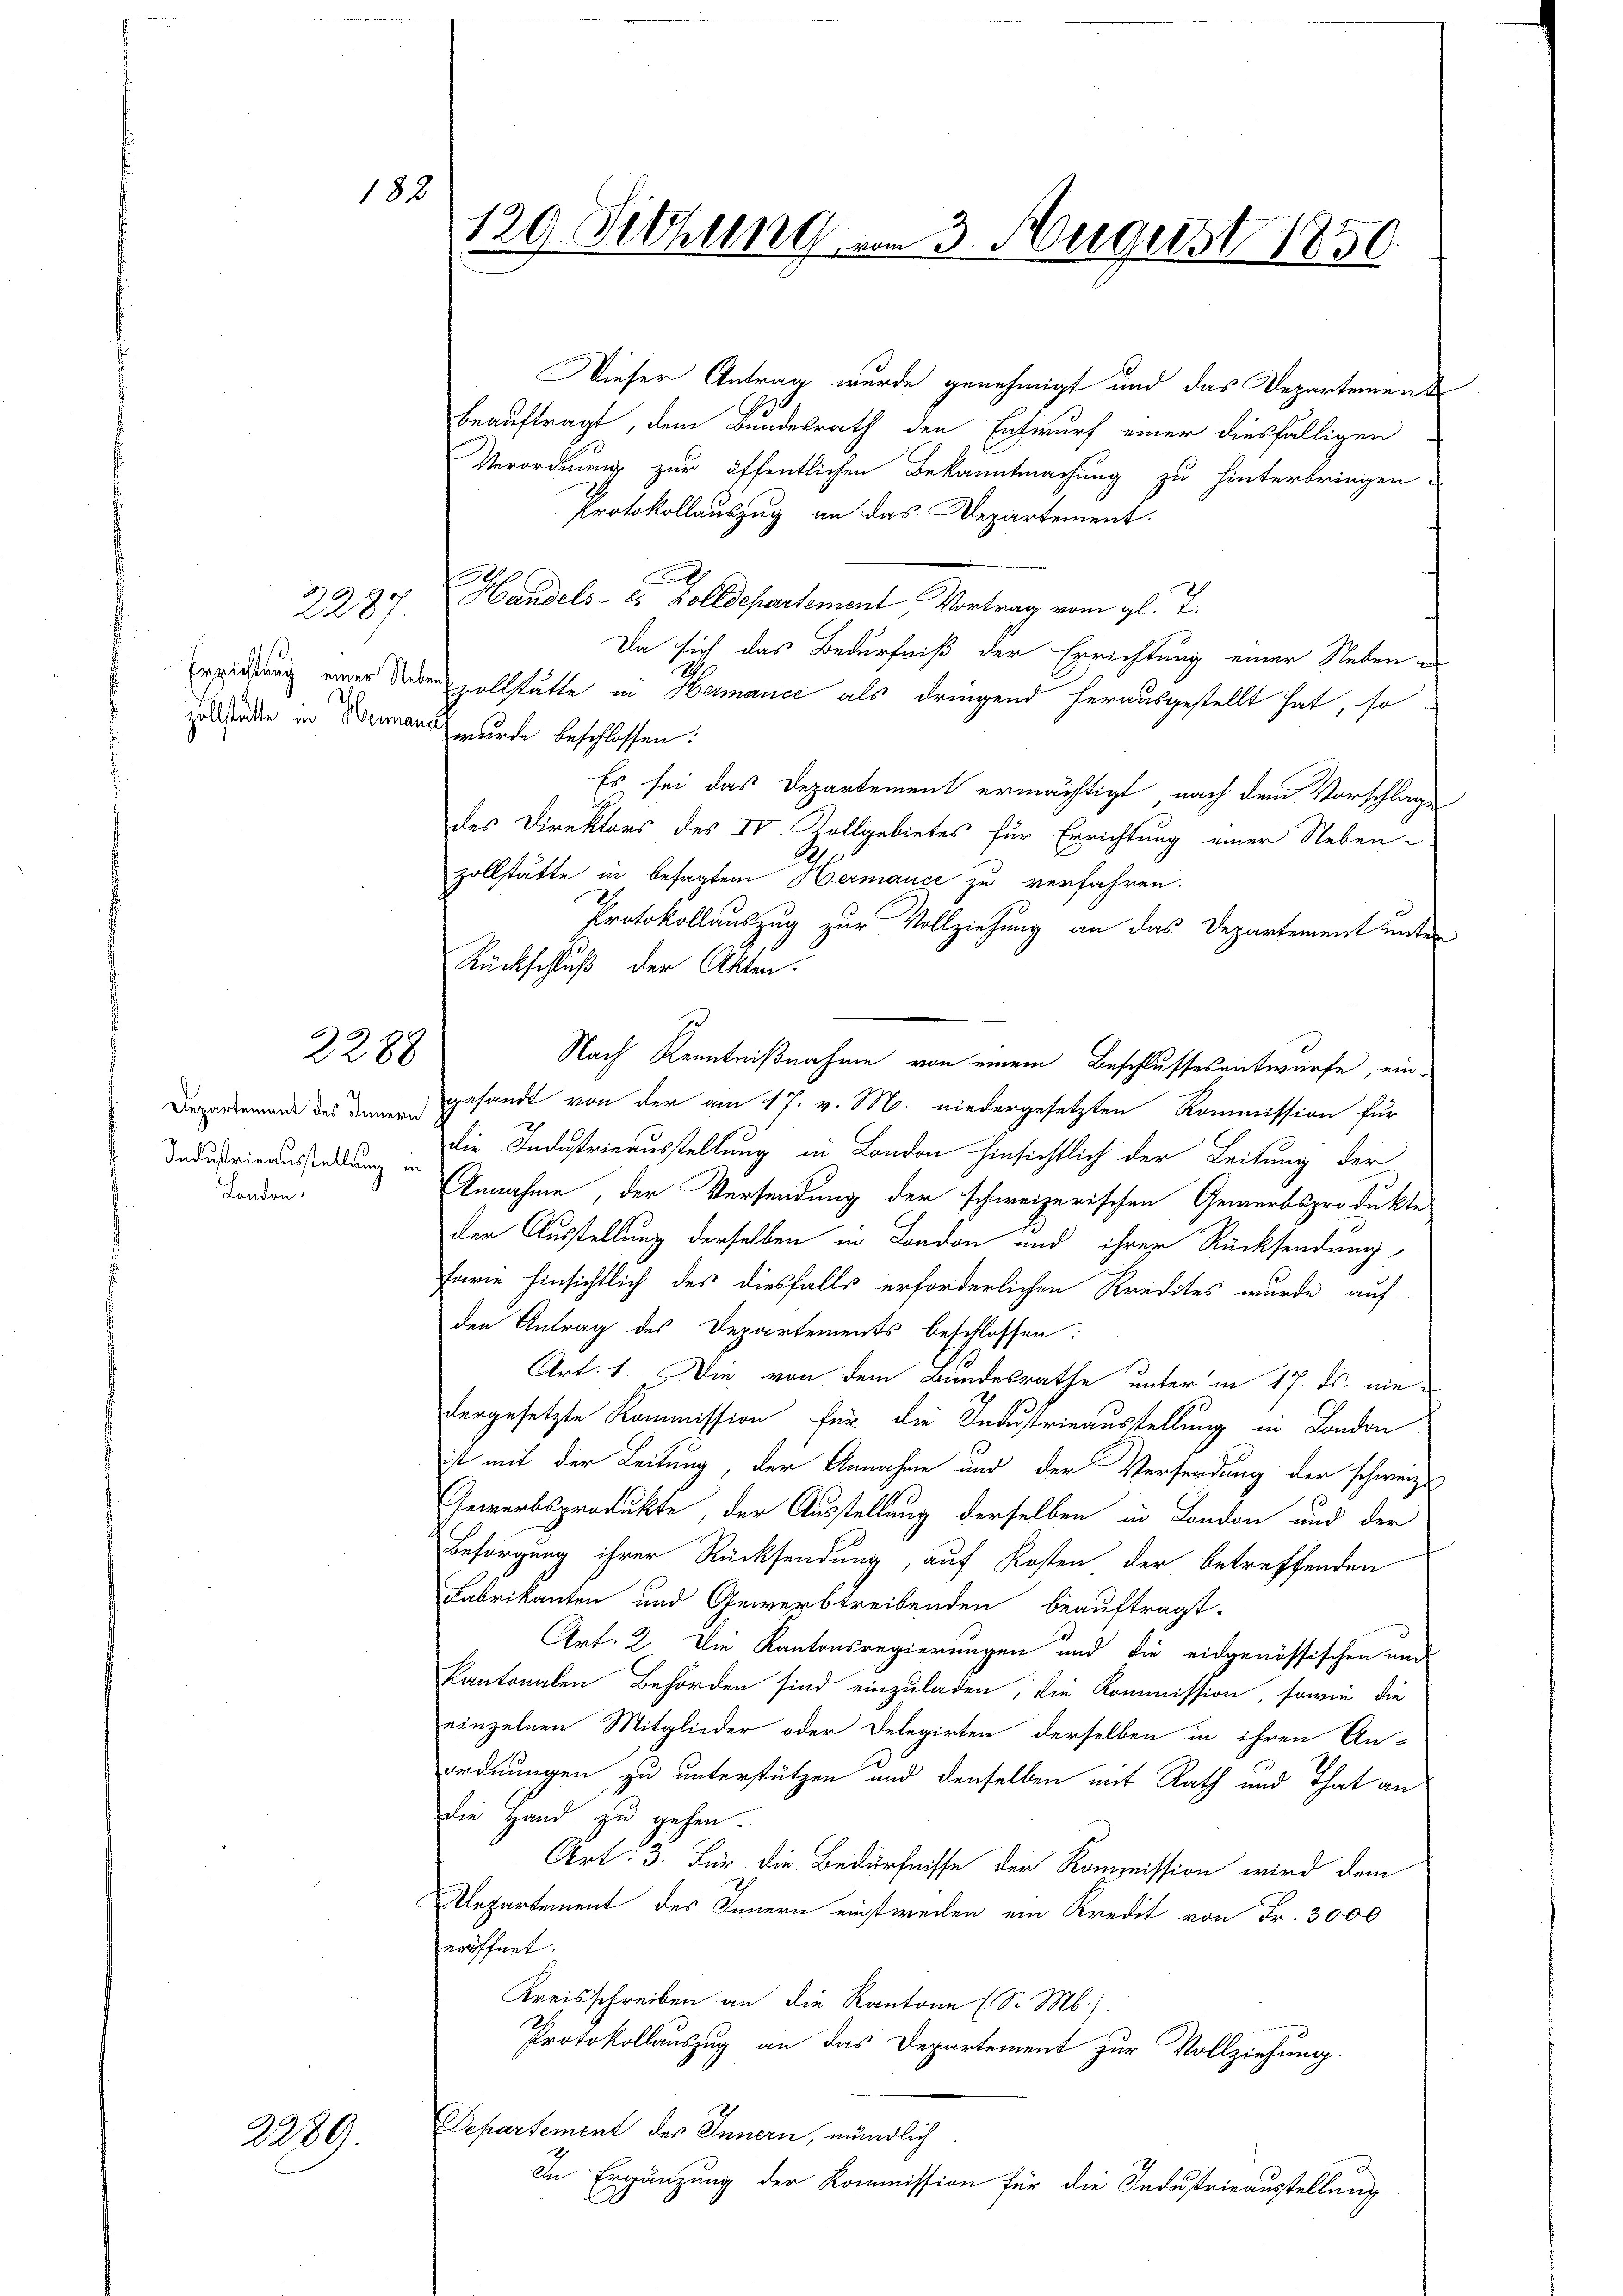
182

2287.

Departement des Innern
Industrieausstellung in
Landen,

2289.

2288

129. Sitzung vom 3. August 1850.

Dieser Antrag wurde genehmigt und das Departement
beauftragt, dem Bundesrath den Entwurf einer diesfälligen
Verordnung zur öffentlichen Bekanntmachung zu hinterbringen
Protokollauszug an das Departement.
d
Handels- 2 Zolldepartement Vortrag vom gl. J.
Da sich das Bedürfniß der Errichtung einer Neben e
Errichtung einer Veranzollstätte in Hermance als dringend herausgestellt hat, so
zollstatte in Bermans wurde beschlossen:
Es sei das Departement ermächtigt, nach dem Vorschlage
des Direktors des IV. Zollgebietes für Errichtung einer Nebenzollstätte in besagtem Hermance zu verfahren.
Protokollauszug zur Vollziehung an das Departement unter
Rückschluß der Akten.
Nach Kenntnißnahme von einem Beschlussesentwürfe, eingesandt von der am 17. v. M. niedergesetzten Kommission für
die Industrieausstellung in London hinsichtlich der Leitung der
Annahme, der Versendung der schweizerischen Gewerbsprodukte
der Ausstellung derselben in London und ihrer Rücksendung,
farie hinsichtlich des diesfalls erforderlichen Kredites wurde auf
den Antrag des Departements beschlossen:
Art. 1. Die von dem Bundesrathe unter in 17. ds. nie
dergesetzte Kommission für die Industrieausstellung in London
ist mit der Leitung, der Annahme und der Versendung der schweize
Gewerbsprodukte, der Ausstellung derselben in London und der
Besorgung ihrer Rücksendung, auf Kosten der betreffenden
Fabrikanten und Gewerbtreibenden beauftragt.
Art. 2. Die Kantonsregierungen und die eidgenössischen und
kantonalen Behörden sind einzuladen, die Kommission, sowie die
einzelnen Mitglieder oder Delegirten derselben in ihren An-
ordnungen zu unterstützen und denselben mit Rath und That an
die Hand zu gehen.
Art: 3. Für die Bedürfnisse der Kommission wird dem
Repartement des Innern einstweilen ein Kredit von Fr. 3000
eröffnet.
Kreisschreiben an die Kantone (S. M.).
Protokollauszug an das Departement zur Vollziehung.
Departement des Innern, mündlich
In Ergänzung der Kommission für die Industrieausstellung

.